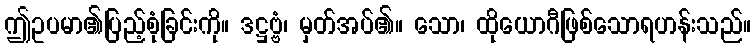
ဤဥပမာ၏ပြည့်စုံခြင်းကို။ ဒဋ္ဌဗ္ဗံ၊ မှတ်အပ်၏။ သော၊ ထိုယောဂီဖြစ်သောရဟန်းသည်။